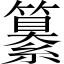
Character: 纂